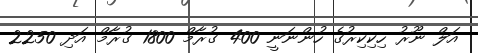
އަލް ނޫރު ހިކިކިރުގެ ހުންނަނީ 400 ގުރާމް 1800 ގުރާމް އަދި 2250